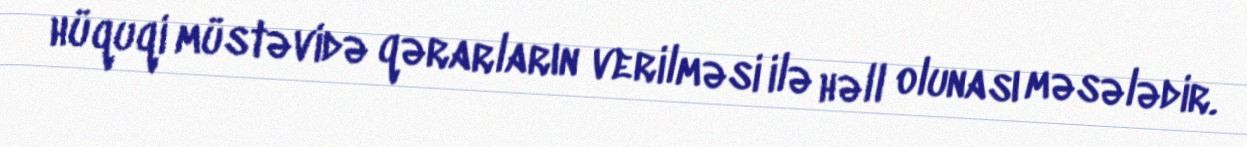
hüquqi müstəvidə qərarların verilməsi ilə həll olunası məsələdir.